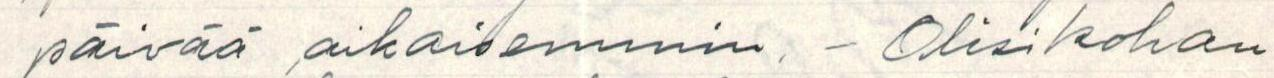
päivää aikaisemmin. - Olisikohan